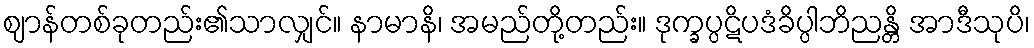
ဈာန်တစ်ခုတည်း၏သာလျှင်။ နာမာနိ၊ အမည်တို့တည်း။ ဒုက္ခပ္ပဋိပဒံခိပ္ပါဘိညန္တိ အာဒီသုပိ၊